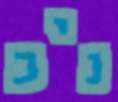
ניכ